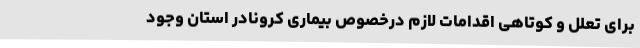
برای تعلل و کوتاهی اقدامات لازم درخصوص بیماری کرونادر استان وجود